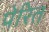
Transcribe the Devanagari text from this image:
पेरित